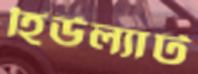
হিউল্যাট